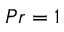
P r = 1